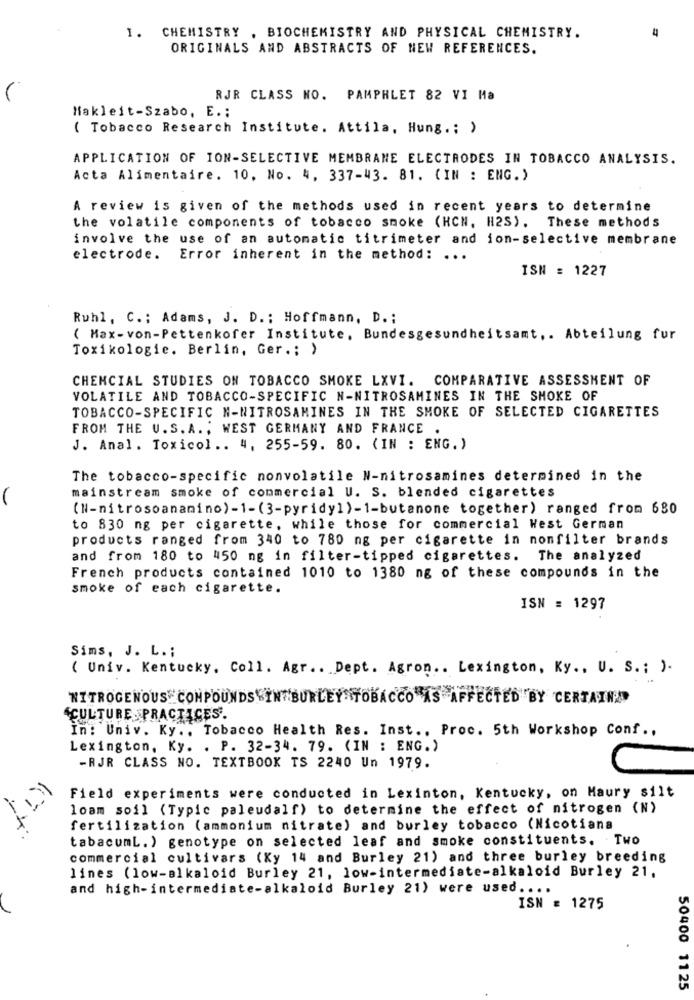
I. CHEMISTRY , BIOCHEMISTRY AND PHYSICAL CHEMISTRY.
4
ORIGINALS AND ABSTRACTS OF NEW REFERENCES.
RJR CLASS NO. PAMPHLET 82 VI Ma
Makleit-Szabo, E .;
( Tobacco Research Institute. Attila, Hung .: )
APPLICATION OF ION-SELECTIVE MEMBRANE ELECTRODES IN TOBACCO ANALYSIS.
Acta Alimentaire. 10, No. 4. 337-43. 81. (IN : ENG. )
A review is given of the methods used in recent years to determine
the volatile components of tobacco smoke (HCN, H2S). These methods
involve the use of an automatic titrimeter and ion-selective membrane
electrode. Error inherent in the method: ...
ISN = 1227
Ruhl, C .; Adams, J. D .: Hoffmann, D. :
( Max-von-Pettenkofer Institute, Bundesgesundheitsamt ,. Abteilung fur
Toxikologie. Berlin, Ger .; )
CHEMCIAL STUDIES ON TOBACCO SMOKE LXVI. COMPARATIVE ASSESSMENT OF
VOLATILE AND TOBACCO-SPECIFIC N-NITROSAMINES IN THE SMOKE OF
TOBACCO-SPECIFIC N-NITROSAMINES IN THE SMOKE OF SELECTED CIGARETTES
FROM THE U. S. A ., WEST GERMANY AND FRANCE .
J. Anal. Toxicol .. 4, 255-59. 80. (IN : ENG. )
The tobacco-specific nonvolatile N-nitrosamines determined in the
mainstream smoke of commercial U. S. blended cigarettes
(N-nitrosoanamino)-1-(3-pyridy1)-1-butanone together) ranged from 630
to 830 ng per cigarette, while those for commercial West German
products ranged from 340 to 780 ng per cigarette in nonfilter brands
and from 180 to 450 ng in filter-tipped cigarettes. The analyzed
French products contained 1010 to 1380 ng of these compounds in the
smoke of each cigarette.
ISN = 1297
Sims, J. L .;
( Univ. Kentucky, Coll. Agr .. Dept. Agron .. Lexington, Ky .. U. S .; )-
NITROGENOUS CONPOUNDSEIN BURLEY TOBACCO AS AFFECTED BY CERTAIND
SCULTURE PRACTICES.
In: Univ. Ky .. Tobacco Health Res. Inst .. Proc. 5th Workshop Conf ..
Lexington, Ky. . P. 32-34. 79. (IN : ENG.)
-RJR CLASS NO. TEXTBOOK TS 2240 Un 1979.
Field experiments were conducted in Lexinton, Kentucky, on Maury silt
loam soil (Typic paleudalf) to determine the effect of nitrogen (N)
-4
fertilization (ammonium nitrate) and burley tobacco (Nicotiana
tabacumL. ) genotype on selected leaf and smoke constituents. Two
commercial cultivars (Ky 14 and Burley 21) and three burley breeding
lines (low-alkaloid Burley 21, low-intermediate-alkaloid Burley 21.
and high-intermediate-alkaloid Burley 21) were used ....
ISN = 1275
50400 1125